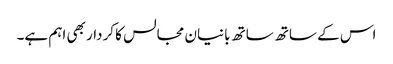
اس کے ساتھ ساتھ بانیان مجالس کا کردار بھی اہم ہے۔